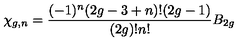
\chi _ { g , n } = { \frac { ( - 1 ) ^ { n } ( 2 g - 3 + n ) ! ( 2 g - 1 ) } { ( 2 g ) ! n ! } } B _ { 2 g }